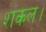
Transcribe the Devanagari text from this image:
शंकल।